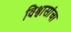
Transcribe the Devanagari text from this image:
विश्वासांचा